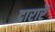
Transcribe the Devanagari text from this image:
दारारें